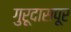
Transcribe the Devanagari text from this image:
गुरूदासपूर